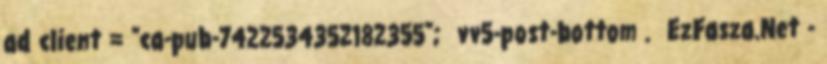
ad client = "ca-pub-7422534352182355"; vv5-post-bottom . EzFasza.Net -